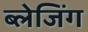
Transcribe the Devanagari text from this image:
ब्लेजिंग